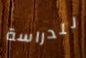
للدراسة